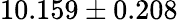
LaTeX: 10.159\pm 0.208